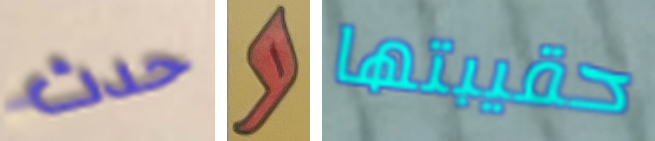
حدث و حقيبتها